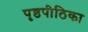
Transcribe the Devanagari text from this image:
पृष्ठपीठिका